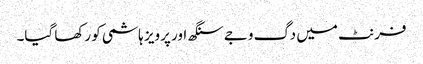
فرنٹ میں دگ وجے سنگھ اور پرویز ہاشمی کو رکھا گیا۔